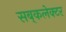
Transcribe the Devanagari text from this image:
सब्‌कलेक्टर